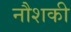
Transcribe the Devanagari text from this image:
नौशकी